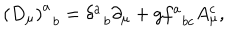
\left( D _ { \mu } \right) _ { \; \; b } ^ { a } = \delta _ { \; \; b } ^ { a } \partial _ { \mu } + g f _ { \; \; b c } ^ { a } A _ { \mu } ^ { c } ,